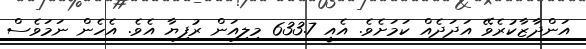
އަންދާޒާކުރެވޭ އަދަދެއް ކަމަށެވެ. އެއީ 633.7 މިލިއަން ރުފިޔާ އެވެ. އެހެން ނަމަވެސް